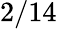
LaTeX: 2/14